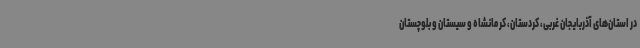
در استان‌های آذربایجان غربی، کردستان، کرمانشاه و سیستان و بلوچستان